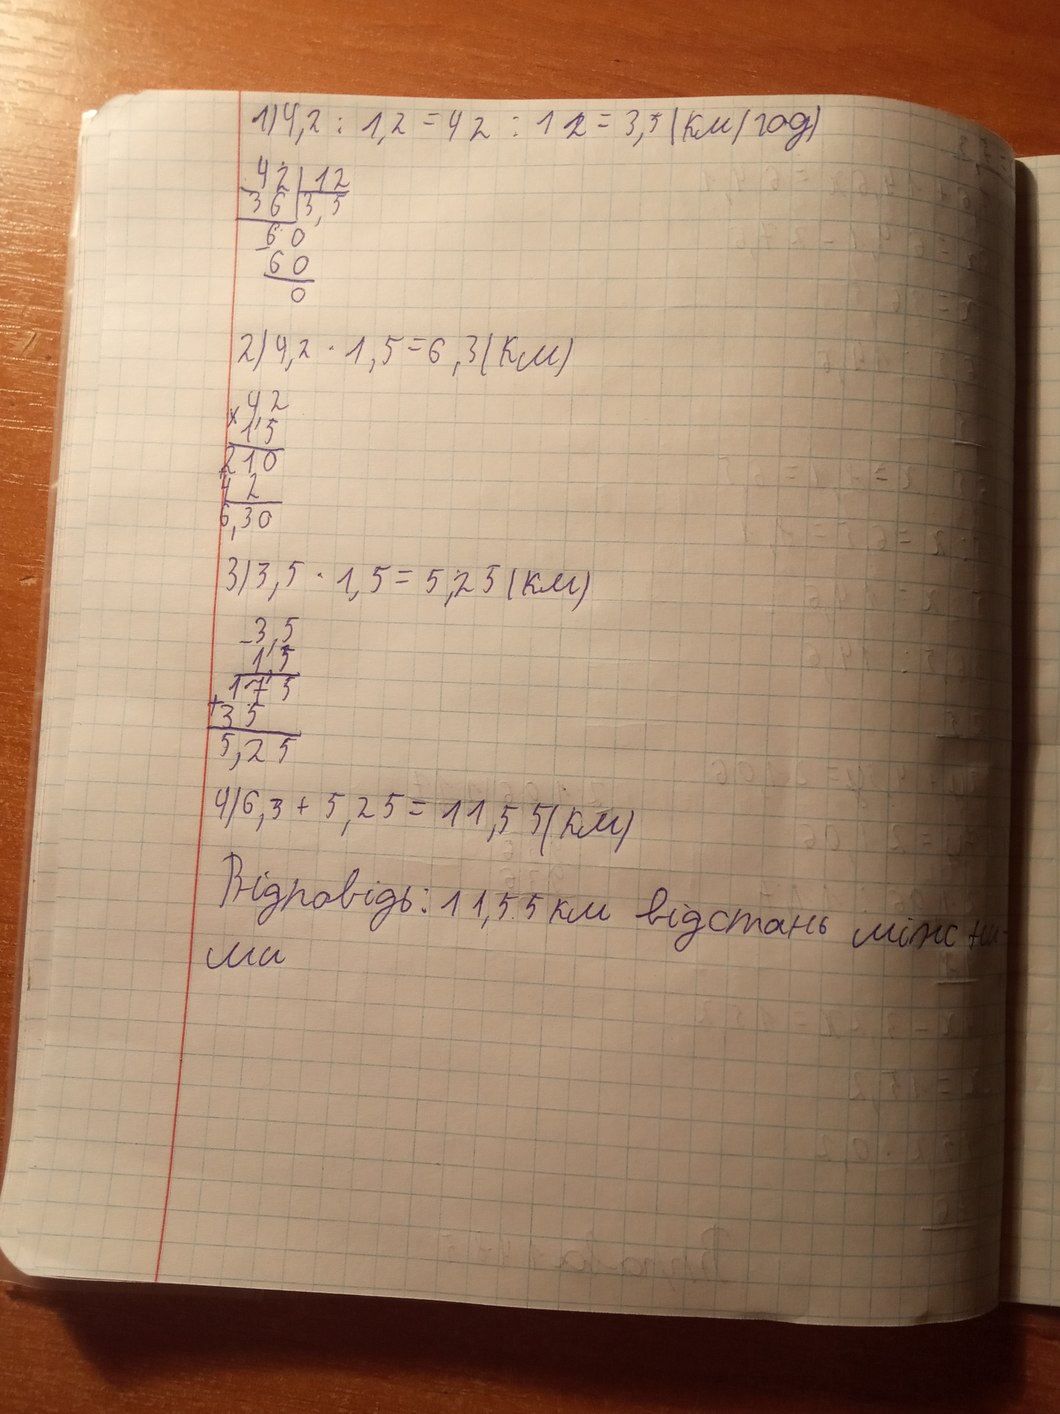
1) 4,2 / 1,2 = 42 / 12 =  3,5 (км/год)
42 | 12
36 | 3,5
60
60
0
2) 4,2 * 1,5 = 6,3 (км)
4,2
15
210
42
6,30
3) 3,5 * 1,5 = 5,25 (км)
3,5
1,5
175
35
5,25
4) 6,3 + 5,25 = 11, 55 (км)
Відповідь: 11,55 км відстань між ни-
ми.